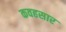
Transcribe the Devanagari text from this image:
कवहसार